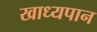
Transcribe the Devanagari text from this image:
खाध्यपान